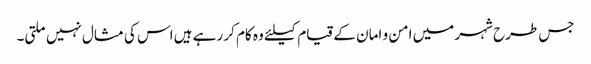
جس طرح شہر میں امن و امان کے قیام کیلئے وہ کام کر رہے ہیں اس کی مثال نہیں ملتی۔